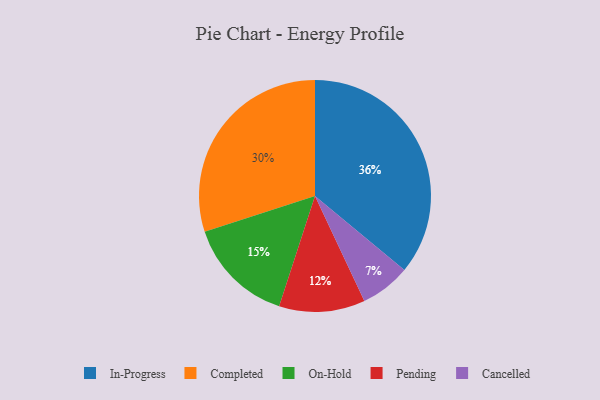
{"axis": {"x": "Category", "y": "Percentage"}, "legend": ["Cancelled", "Completed", "In-Progress", "On-Hold", "Pending"], "data": [{"x": "On-Hold", "y": 15, "type": "On-Hold"}, {"x": "Completed", "y": 30, "type": "Completed"}, {"x": "In-Progress", "y": 36, "type": "In-Progress"}, {"x": "Cancelled", "y": 7, "type": "Cancelled"}, {"x": "Pending", "y": 12, "type": "Pending"}]}